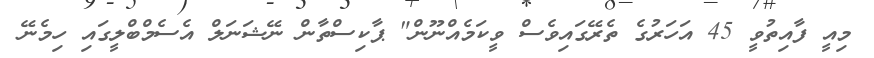
މިއީ ފާއިތުވީ 45 އަހަރުގެ ތެރޭގައިވެސް ވީކަމެއްނޫން" ޕާކިސްތާން ނޭޝަނަލް އެސެމްބްލީގައި ހިމެނޭ